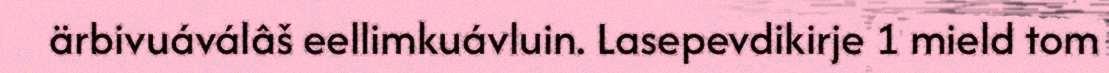
ärbivuáválâš eellimkuávluin. Lasepevdikirje 1 mield tom